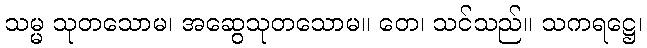
သမ္မ သုတသောမ၊ အဆွေသုတသောမ။ တေ၊ သင်သည်။ သကရဋ္ဌေ၊